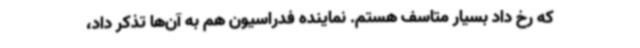
که رخ داد بسیار متاسف هستم. نماینده فدراسیون هم به آن‌ها تذکر داد،